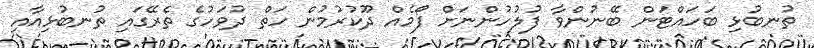
ތުނބުޅި ބަހައްޓަން ބޭނުންވާ ފުލުހުންނަށް ފޯމެއް ދޫކުރުމުން ހަތް ދުވަހުގެ ތެރޭގައި ތުނބުޅިއާއި